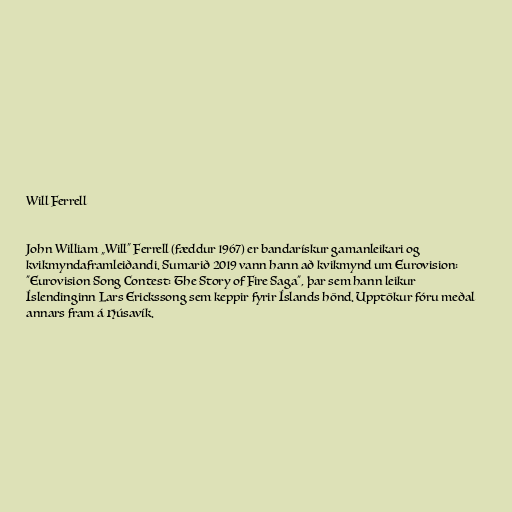
Will Ferrell

John William „Will“ Ferrell (fæddur 1967) er bandarískur gamanleikari og
kvikmyndaframleiðandi. Sumarið 2019 vann hann að kvikmynd um Eurovision:
"Eurovision Song Contest: The Story of Fire Saga", þar sem hann leikur
Íslendinginn Lars Erickssong sem keppir fyrir Íslands hönd. Upptökur fóru meðal
annars fram á Húsavík.